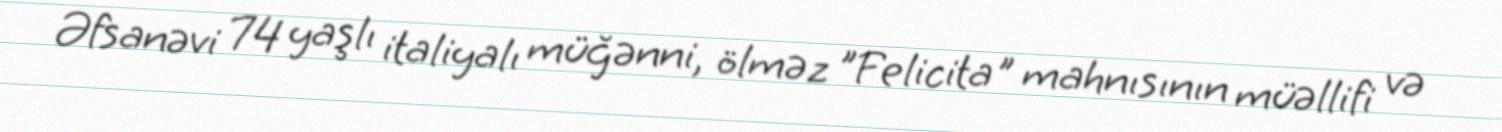
Əfsanəvi 74 yaşlı italiyalı müğənni, ölməz "Felicita" mahnısının müəllifi və